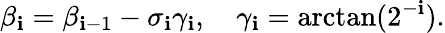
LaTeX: \beta_{\mathbf{i}}=\beta_{\mathbf{i}-1}-\sigma_{\mathbf{i}}\gamma_{\mathbf{i}},\quad\gamma_{\mathbf{i}}=\arctan(2^{-\mathbf{i}}).